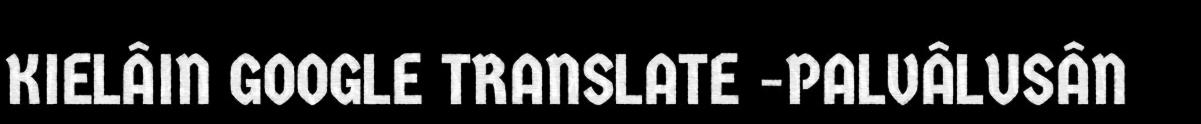
KIELÂIN GOOGLE TRANSLATE -PALVÂLUSÂN